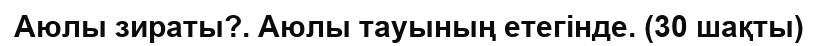
Аюлы зираты?. Аюлы тауының етегінде. (30 шақты)